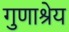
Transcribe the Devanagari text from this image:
गुणाश्रेय